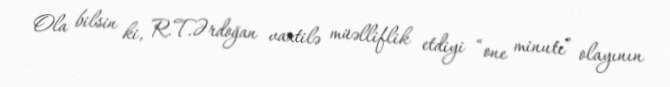
Ola bilsin ki, R.T.Ərdoğan vaxtilə müəlliflik etdiyi “one minute” olayının